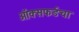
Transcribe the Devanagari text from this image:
ऑक्सफर्डचा